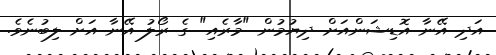
އަދި އޭނާ އޮޑިޝަންއަށް ދިޔުމުން "މާރެއި" ގެ ރޯލު އޭނާ އަށް ލިބުނެވެ.